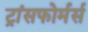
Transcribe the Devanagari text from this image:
ट्रांसफोर्मर्स